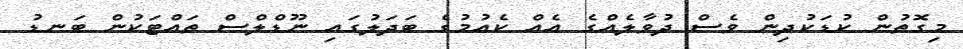
މިގޮތުން ކުޑަކުދިން ވެސް ދުވާލެއްގެ އެއް ކެއުމުގެ ބަދަލުގައި ނޫޑްލްސް ތައްޓަކުން ބަނޑު